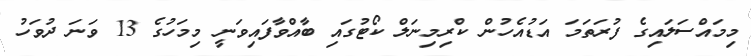
މިމައްސަލައިގެ ފުރަތަމަ އަޑުއެހުން ކްރިމިނަލް ކޯޓުގައި ބާއްވާފައިވަނީ މިމަހުގެ 13 ވަނަ ދުވަހު